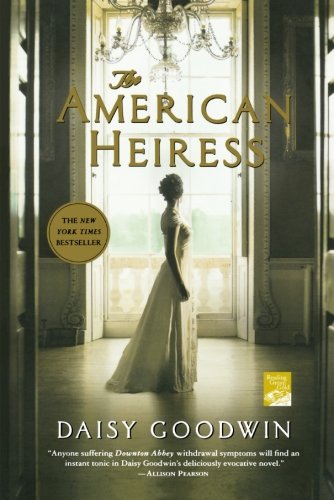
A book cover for The American Heiress: A Novel; Daisy Goodwin; Romance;